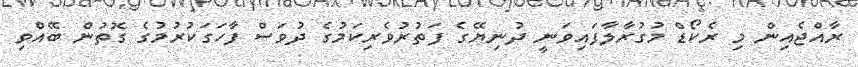
ރާއްޖެއިން މި ރެކޯޑް މުގުރާލާފައިވަނީ ދުނިޔޭގެ ފަތުރުވެރިކަމުގެ ދުވަސް ފާހަގަކުރުމުގެ ގޮތުން ބޭއްވި